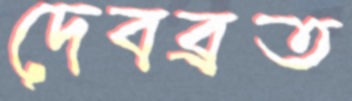
দেবব্রত